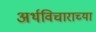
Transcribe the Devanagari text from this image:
अर्थविचाराच्या